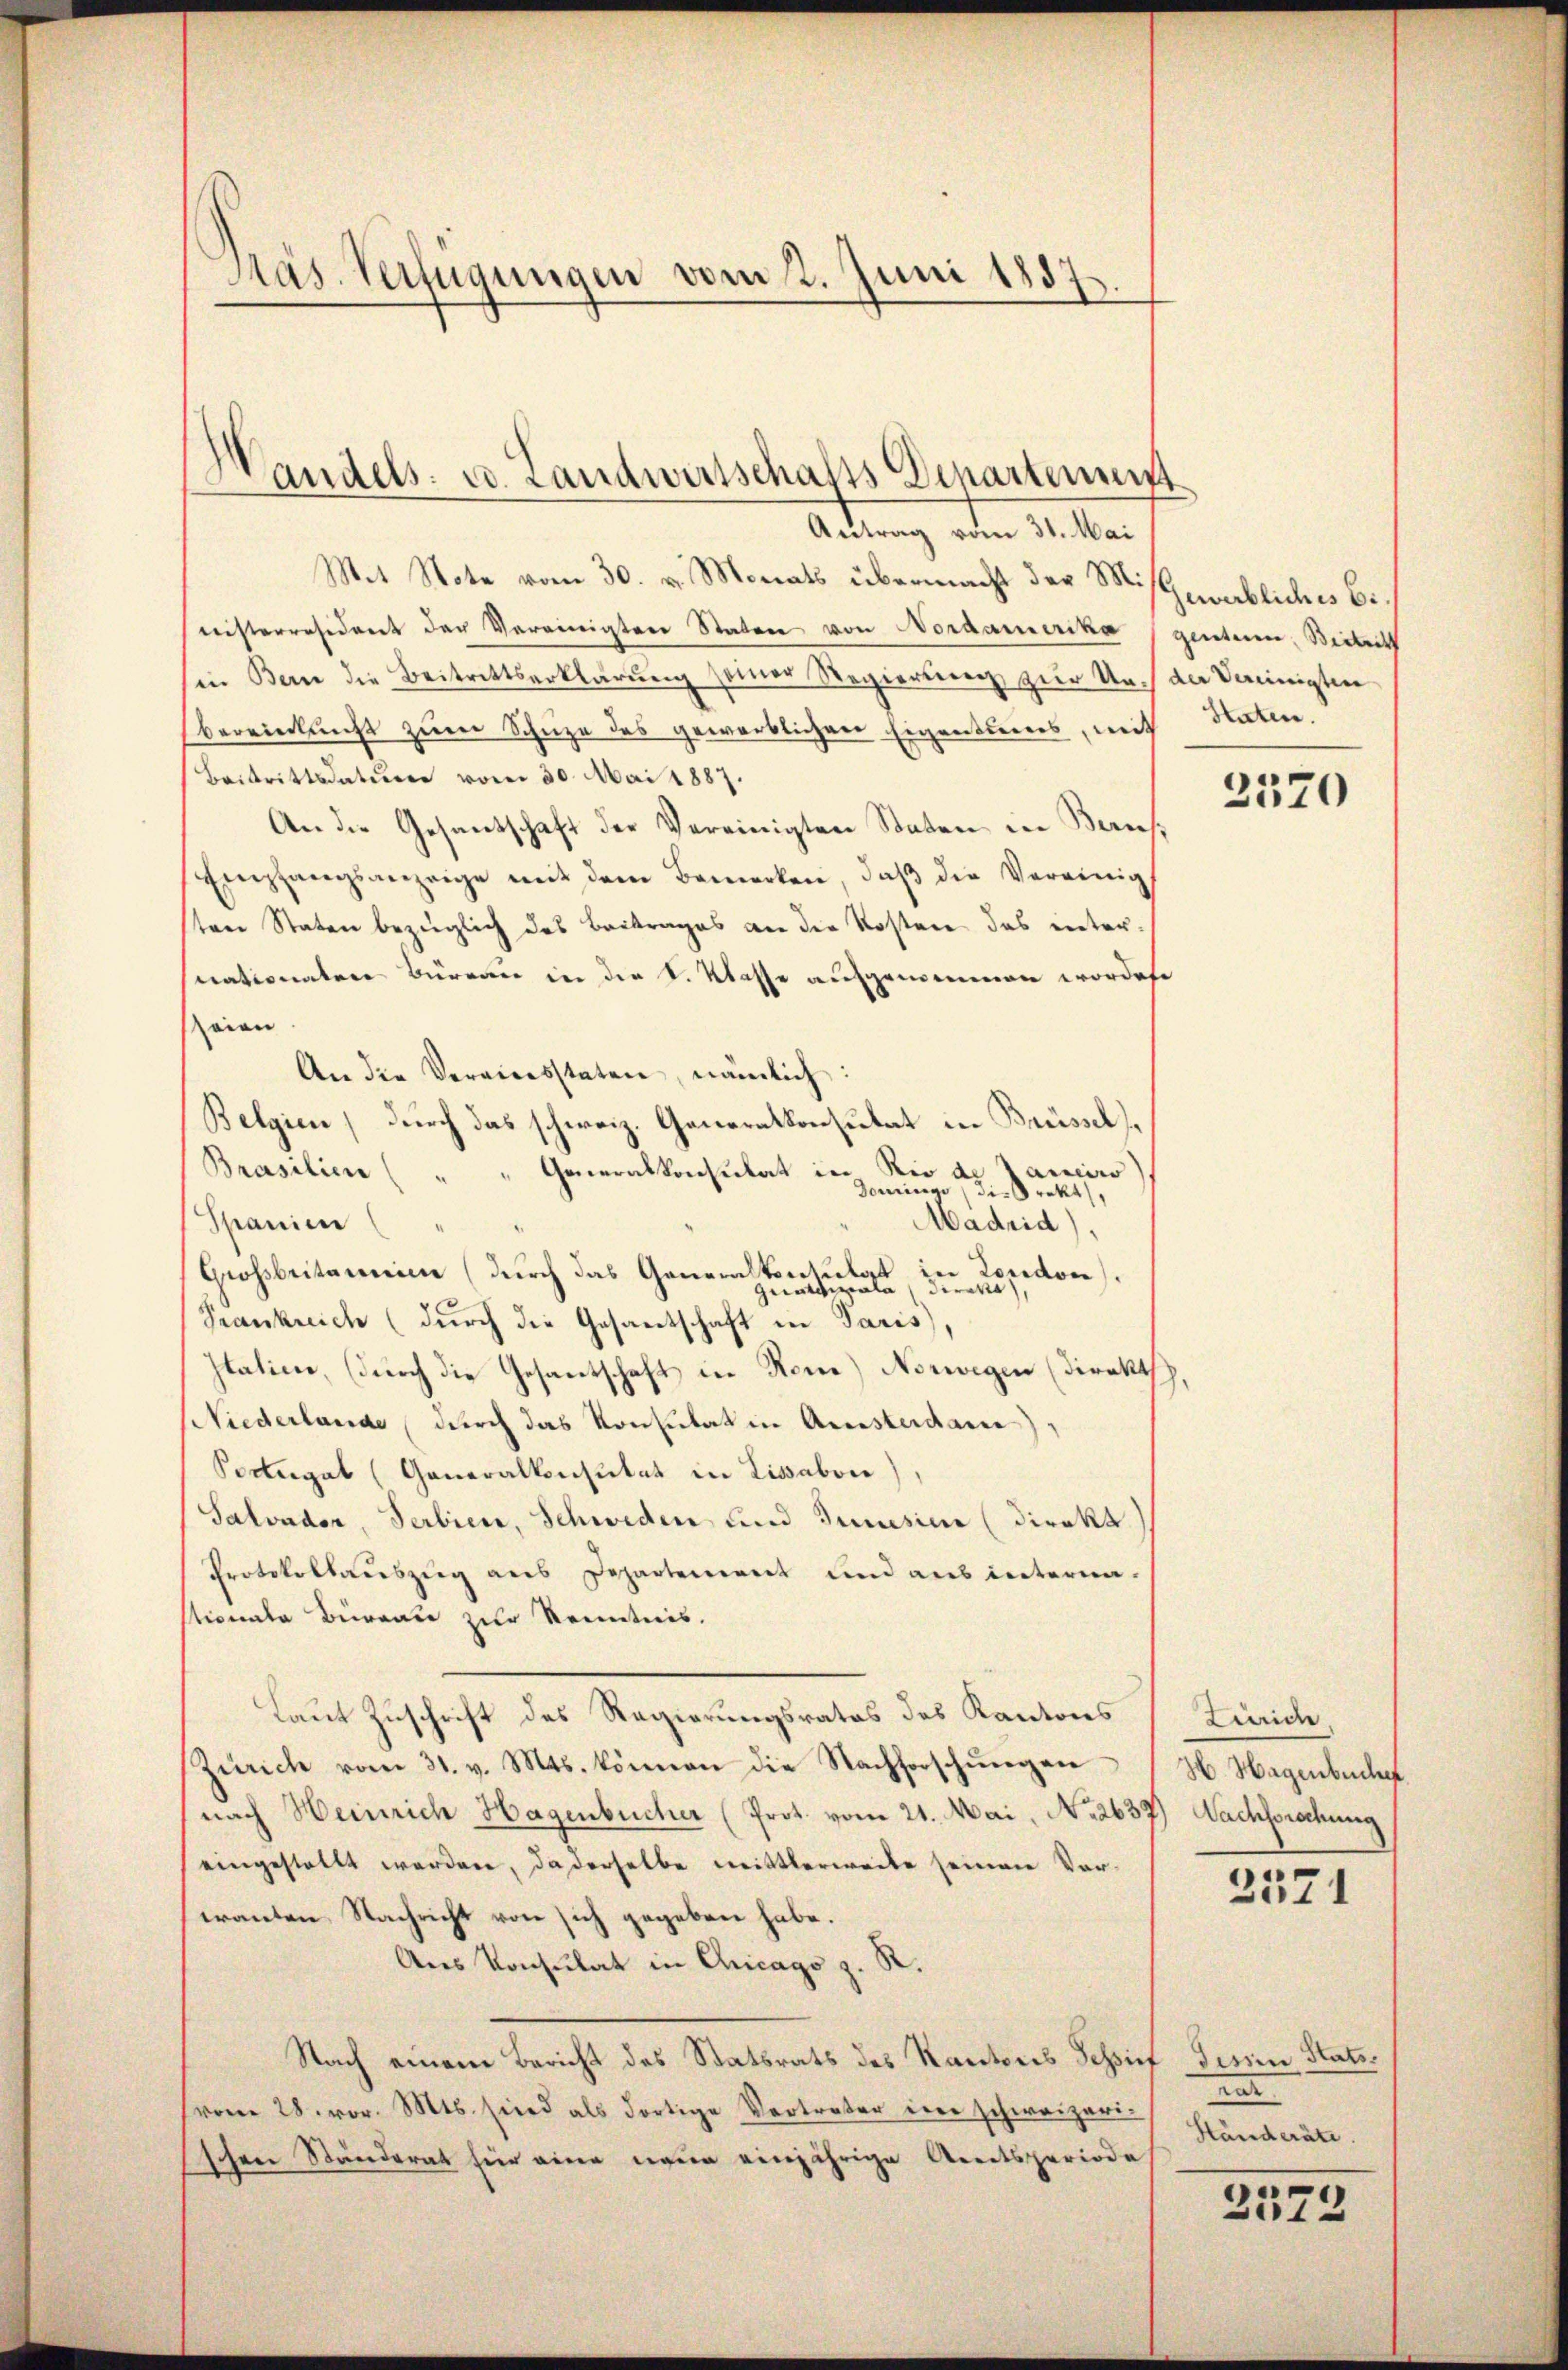
Präs. Verfügungen vom 2. Juni 1857

Handels- u. Landwirtschafts Departement
Aettung vom 21. Man

Mit Note vom 30. v. Monats übermacht der Mißgewerbliches Binisterresident der Vereinigten Staten von Nordamerika (gentum, Beitritt
in Bern die Beitrittserklärung seiner Regierung zur Nach der Deinigten
bereinkricht zum Schuze des gewerblichen Eigentierers, mit
Beitrittsdature vom 30. Mai 1887.
An die Gesantschaft der Vereinigten Staten in Baus¬
Empfangsanzeige mit dem Bemerken, daβ die Vereinig
ten Staten bezüglich des Beitrages an der Kosten das intersnationalen Büreau in die k. Klasse aufgenommen worden
seien.
An die Vereinsstaten, nämlich:
Belgien, durch das schweiz. Generalkonsulat in Brüssel¬
Brasilien
Generalkonsulat in Rio de Janeiro)
Doninge, die Prakt,
Spanien
Madrid),
Grossbritainie (durch das Generalkonsulat in London).
ginitiale Direkte,
Trankreich (durch die Gesantschaft in Paris,
Italicie, (durch die Gesantschaft in Rome) Norwegen (Direktsch,
Niederlande durch das Konsulat in Arresterdame),
Podegal (Generalkonsulat in Lissabon)
Salvader, Serbier, Schweden und Jenesien (direkt
Protokollaŭszŭg ans Departement und aus interna.
stionata Büreau zur Kenntnis.
Laut Zuschrift des Regierungsrates des Kantons Zürich,
Zürich vom 31. v. Mts. können die Nachforschungen
nach Heinrich Hagenbücher (Prot. vom 21. Mai, No 2637) Nachsrechung
eingestellt werden, da derselbe mittlerweite seinen Voriranten Nachricht von sich gegeben habe.
Aus Konsulat in Chicago z. R.
Nach einem Bericht des Statsrats des Kantons Schrief Fessen Statsvom 28. vor. Mts. sind als dortige Vertreter eine schweizeri-
schen Stunderat hier eine neue einjährige Areitsperiode

Htaten.

2570

H. Hagenbercher

3571

ent
Händeräte.

2572